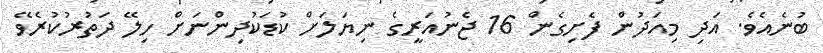
ބުނެއެވެ. އަދި މިއަދުން ފެށިގެން 16 ޖެނުއަރީގެ ނިޔަލަށް ކުޑަކުދިންނަށް ހިލޭ ދަތުރުކުރެވޭ